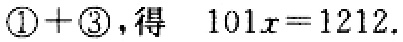
$\textcircled{1}+\textcircled{3}，得\ \ 101x = 1212.$